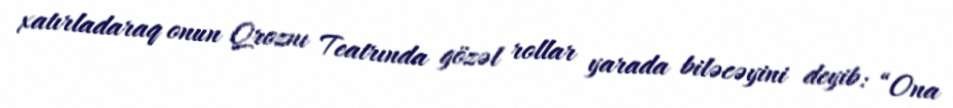
xatırladaraq onun Qroznı Teatrında gözəl rollar yarada biləcəyini deyib: “Ona